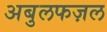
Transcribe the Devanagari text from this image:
अबुलफज़ल